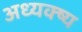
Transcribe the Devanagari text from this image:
अध्यक्ष्य